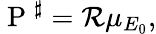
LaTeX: \mathrm{~P~}^{\sharp}={\mathcal R}\mu_{E_{0}},